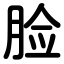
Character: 脸